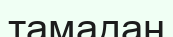
тамадан